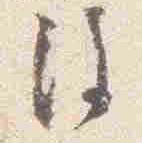
注